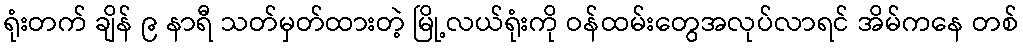
ရုံးတက် ချိန် ၉ နာရီ သတ်မှတ်ထားတဲ့ မြို့လယ်ရုံးကို ဝန်ထမ်းတွေအလုပ်လာရင် အိမ်ကနေ တစ်